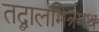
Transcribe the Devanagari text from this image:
तद्बालमित्रमथ